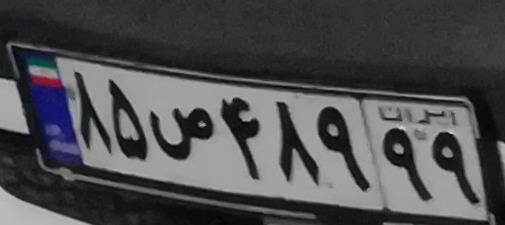
۸۵ص۴۸۹۹۹